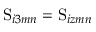
\mathrm { S } _ { i 3 m n } = \mathrm { S } _ { i z m n }